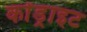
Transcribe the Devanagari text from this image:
कोंड्राइट